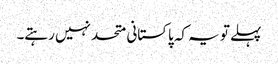
پہلے تو یہ کہ پاکستانی متحد نہیں رہتے۔